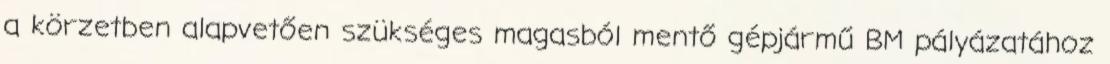
a körzetben alapvetően szükséges magasból mentő gépjármű BM pályázatához